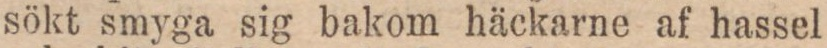
sökt smyga sig bakom häckarne af hassel